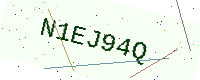
Text: N1EJ94Q